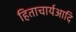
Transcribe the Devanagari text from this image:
हिताचार्यआदि